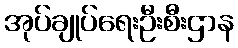
အုပ်ချုပ်ရေးဦးစီးဌာန